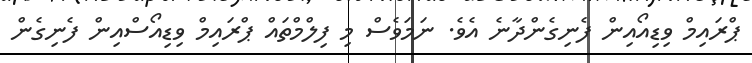
ޕްރައިމް ވިޑިއޯއިން ފެނިގެންދާނެ އެވެ. ނަމަވެސް މި ފިލްމްތައް ޕްރައިމް ވިޑިއޯސްއިން ފެނިގެން